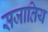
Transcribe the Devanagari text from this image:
सजातिय